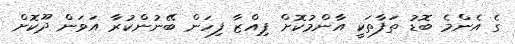
ގެ އެންމެ ބޮޑު ތަފާތަކީ އާންމުކޮށް ޕިއްޒާ ފިހަން ބޭނުންކުރާ އަވަން ދޫކޮށް